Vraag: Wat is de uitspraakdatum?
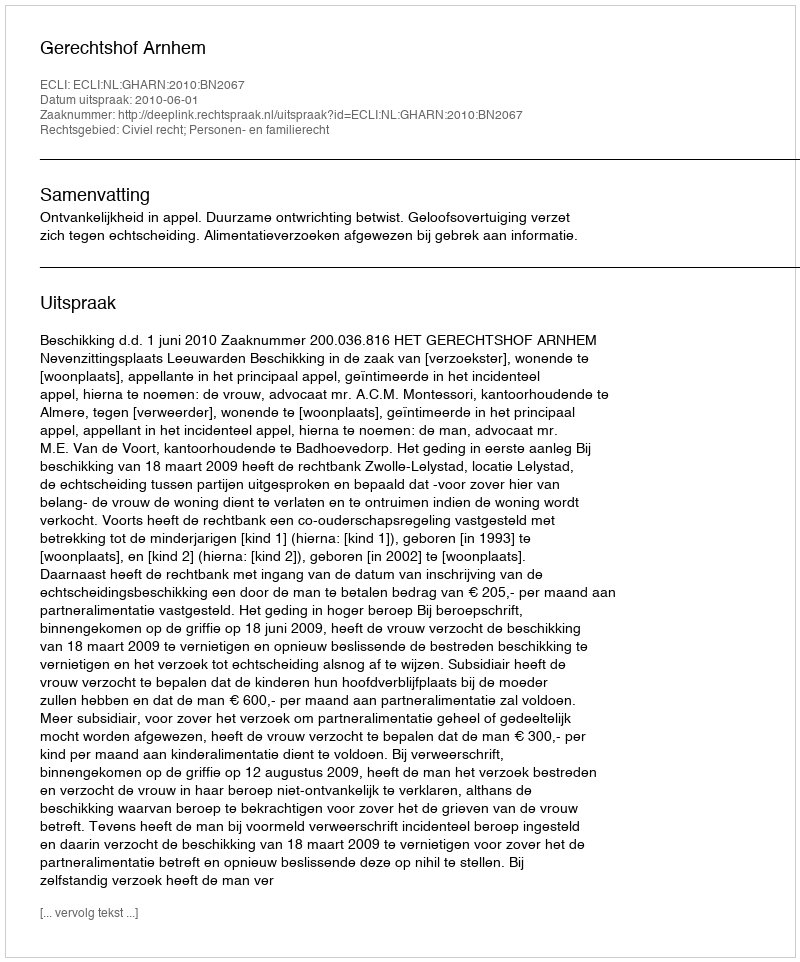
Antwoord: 2010-06-01